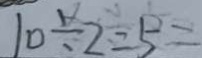
1 0 \div 2 = 5